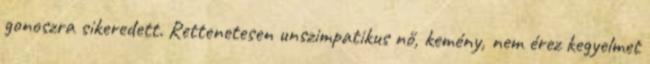
gonoszra sikeredett. Rettenetesen unszimpatikus nő, kemény, nem érez kegyelmet